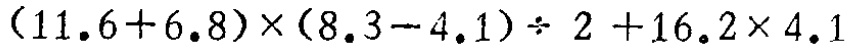
\((11.6 + 6.8)\times(8.3 - 4.1)\div 2+16.2\times 4.1\)